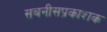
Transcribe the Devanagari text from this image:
सबनीसप्रकाशक